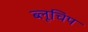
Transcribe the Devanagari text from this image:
ब्लूचिप